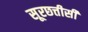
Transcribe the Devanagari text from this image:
सूरछत्तीसी